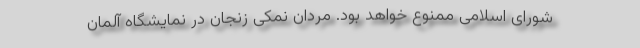
شورای اسلامی ممنوع خواهد بود. مردان نمکی زنجان در نمایشگاه آلمان